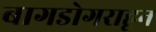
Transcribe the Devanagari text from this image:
बागडोगराहून